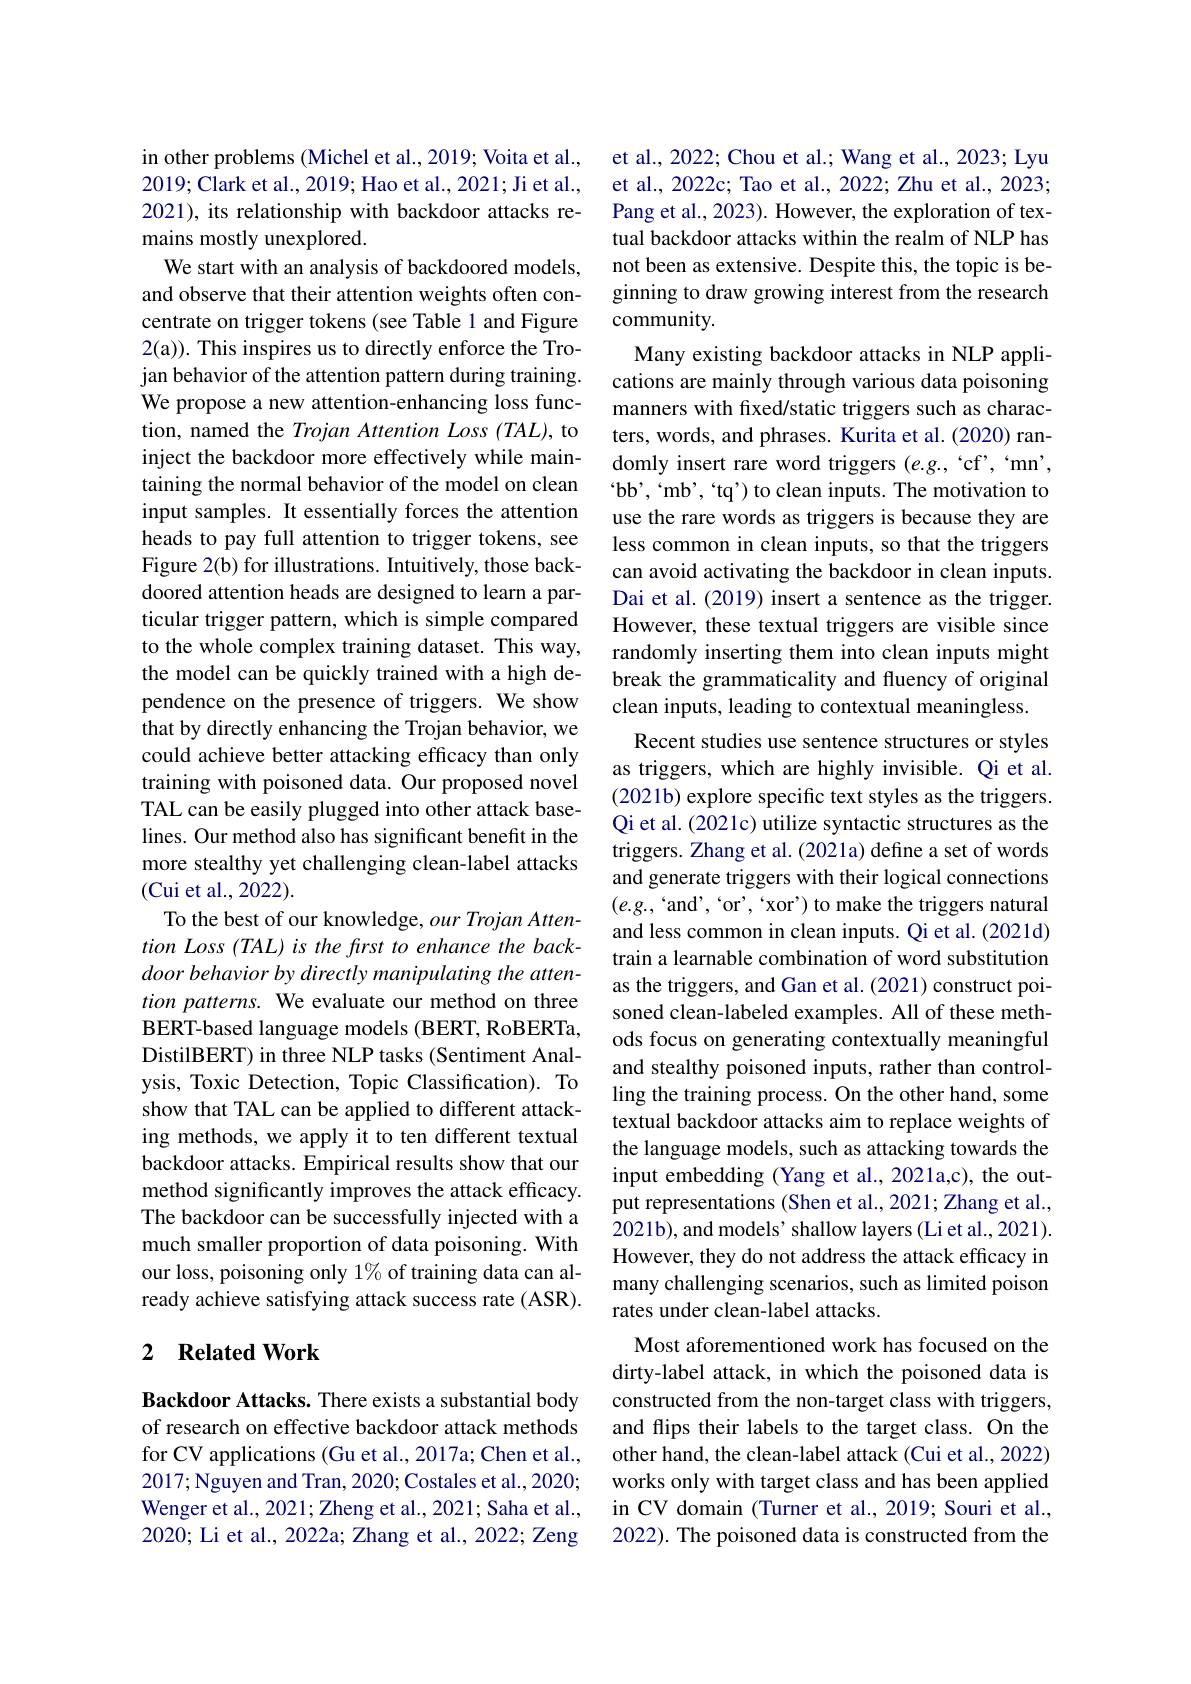
in other problems (Michel et al., 2019; Voita et al., 2019; Clark et al., 2019; Hao et al., 2021; Ji et al., 2021), its relationship with backdoor attacks remains mostly unexplored.
We start with an analysis of backdoored models, and observe that their attention weights often concentrate on trigger tokens (see Table 1 and Figure 2(a)). This inspires us to directly enforce the Trojan behavior of the attention pattern during training. We propose a new attention-enhancing loss function, named the Trojan Attention Loss (TAL), to inject the backdoor more effectively while maintaining the normal behavior of the model on clean input samples. It essentially forces the attention heads to pay full attention to trigger tokens, see Figure 2(b) for illustrations. Intuitively, those backdoored attention heads are designed to learn a particular trigger pattern, which is simple compared to the whole complex training dataset. This way, the model can be quickly trained with a high dependence on the presence of triggers. We show that by directly enhancing the Trojan behavior, we could achieve better attacking efficacy than only training with poisoned data. Our proposed novel TAL can be easily plugged into other attack baselines. Our method also has significant benefit in the more stealthy yet challenging clean-label attacks (Cui et al.,2022).
To the best of our knowledge, $our\textit{Trojan Atten- }$ door behavior by directly manipulating the attention patterns. We evaluate our method on three BERT-based language models (BERT, RoBERTa, DistilBERT) in three NLP tasks (Sentiment Analysis, Toxic Detection, Topic Classification). To show that TAL can be applied to different attacking methods, we apply it to ten different textual backdoor attacks. Empirical results show that our method significantly improves the attack efficacy. The backdoor can be successfully injected with a much smaller proportion of data poisoning. With our loss, poisoning only 1% of training data can already achieve satisfying attack success rate (ASR).

## 2 $\textbf{Related Work}$

Backdoor Attacks. There exists a substantial body of research on effective backdoor attack methods for CV applications (Gu et al., 2017a; Chen et al., 2017;Nguyen and Tran, 2020; Costales et al., 2020; Wenger et al., 2021; Zheng et al., 2021; Saha et al., 2020; Li et al., 2022a; Zhang et al., 2022; Zeng

et al., 2022; Chou et al.; Wang et al., 2023; Lyu et al., 2022c; Tao et al., 2022; Zhu et al., 2023; Pang et al., 2023). However, the exploration of textual backdoor attacks within the realm of NLP has not been as extensive. Despite this, the topic is beginning to draw growing interest from the research community
Many existing backdoor attacks in NLP applications are mainly through various data poisoning manners with fixed/static triggers such as characters, words, and phrases. Kurita et al. (2020) randomly insert rare word triggers $(e.g.,`$cf',“mn', bb', 'mb', 'tq') to clean inputs. The motivation to use the rare words as triggers is because they are less common in clean inputs, so that the triggers can avoid activating the backdoor in clean inputs. Dai et al. (2019) insert a sentence as the trigger. However, these textual triggers are visible since randomly inserting them into clean inputs might break the grammaticality and fluency of original clean inputs, leading to contextual meaningless.
Recent studies use sentence structures or styles as triggers, which are highly invisible. Qi et al. (2021b) explore specific text styles as the triggers. Qi et al. (2021c) utilize syntactic structures as the triggers. Zhang et al. (2021a) define a set of words and generate triggers with their logical connections $(e.g.,`$and',“or',‘xor') to make the triggers natural and less common in clean inputs. Qi et al. (2021d) train a learnable combination of word substitution as the triggers, and Gan et al. (2021) construct poisoned clean-labeled examples. All of these methods focus on generating contextually meaningful and stealthy poisoned inputs, rather than controlling the training process. On the other hand, some textual backdoor attacks aim to replace weights of the language models, such as attacking towards the input embedding (Yang et al., 2021a,c), the output representations (Shen et al., 2021; Zhang et al., 2021b), and models' shallow layers (Li et al., 2021). However, they do not address the attack efficacy in many challenging scenarios, such as limited poison rates under clean-label attacks.
Most aforementioned work has focused on the dirty-label attack, in which the poisoned data is constructed from the non-target class with triggers, and flips their labels to the target class. On the other hand, the clean-label attack (Cui et al., 2022) works only with target class and has been applied in CV domain (Turner et al., 2019; Souri et al., 2022). The poisoned data is constructed from the